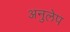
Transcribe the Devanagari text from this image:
अनुलेप